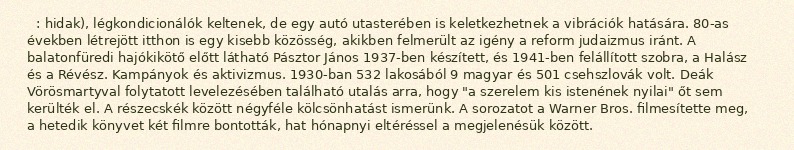
: hidak), légkondicionálók keltenek, de egy autó utasterében is keletkezhetnek a vibrációk hatására. 80-as években létrejött itthon is egy kisebb közösség, akikben felmerült az igény a reform judaizmus iránt. A balatonfüredi hajókikötő előtt látható Pásztor János 1937-ben készített, és 1941-ben felállított szobra, a Halász és a Révész. Kampányok és aktivizmus. 1930-ban 532 lakosából 9 magyar és 501 csehszlovák volt. Deák Vörösmartyval folytatott levelezésében található utalás arra, hogy "a szerelem kis istenének nyilai" őt sem kerülték el. A részecskék között négyféle kölcsönhatást ismerünk. A sorozatot a Warner Bros. filmesítette meg, a hetedik könyvet két filmre bontották, hat hónapnyi eltéréssel a megjelenésük között.